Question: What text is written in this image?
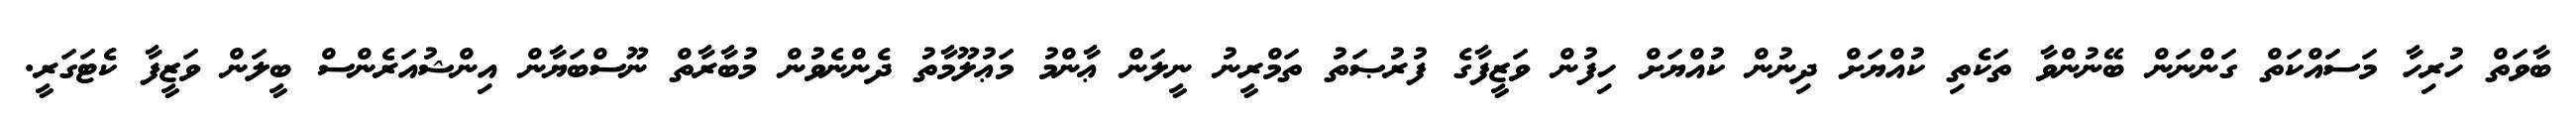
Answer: ބާވަތް ހުރިހާ މަސައްކަތް ގަންނަން ބޭނުންވާ ތަކެތި ކުއްޔަށް ދިނުން ކުއްޔަށް ހިފުން ވަޒީފާގެ ފުރުޞަތު ތަމްރީނު ނީލަން ޢާންމު މަޢުލޫމާތު ދެންނެވުން މުބާރާތް ނޫސްބަޔާން އިންޝުއަރެންސް ބީލަން ވަޒީފާ ކެޓަގަރީ.